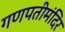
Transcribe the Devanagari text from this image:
गणपतीमंदिर